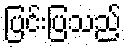
ပြင်းပြသည့်